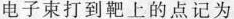
电子束打到靶上的点记为